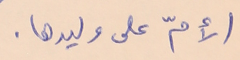
الأمّ على وليدها.